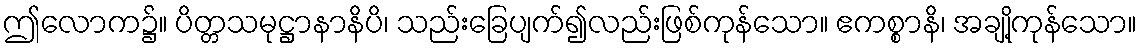
ဤလောက၌။ ပိတ္တသမုဋ္ဌာနာနိပိ၊ သည်းခြေပျက်၍လည်းဖြစ်ကုန်သော။ ဧကစ္စာနိ၊ အချို့ကုန်သော။